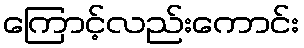
ကြောင့်လည်းကောင်း